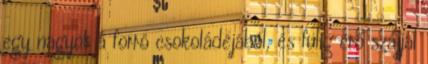
egy nagyot a forró csokoládéjából, és fülig érő szájjal